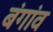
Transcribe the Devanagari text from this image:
बंगांव